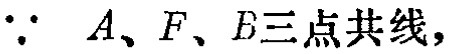
$\because\ A、F、B三点共线,$